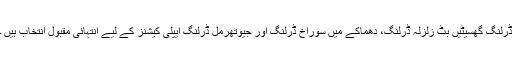
ڈرلنگ گھسیٹیں بٹ زلزلہ ڈرلنگ، دھماکے میں سوراخ ڈرلنگ اور جیوتھرمل ڈرلنگ ایپلی کیشنز کے لیے انتہائی مقبول انتخاب ہیں ۔